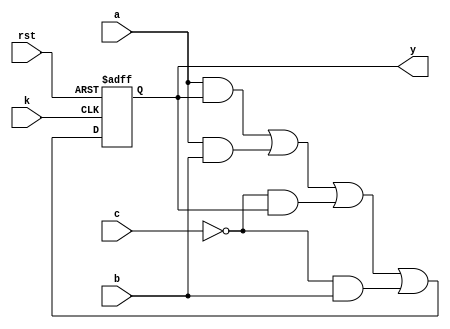
module clb_he(
	input a,
	input b,
	input c,
	input k,
	input rst,
	output y
);

	wire f;
	reg q;
	
	assign f = a & q | a & b | ~c & q | ~c & b;
	
	always @(posedge k, negedge rst) begin
		if (rst == 1'b0) begin
			q <= 1'b0;
		end else begin
			q <= f;
		end
	end
	
	assign y = q;
	
endmodule